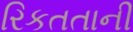
રિકતતાની